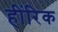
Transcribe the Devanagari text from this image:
हींरिक